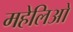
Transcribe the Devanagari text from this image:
महेलिओ